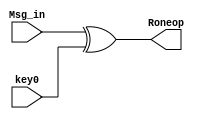
module IInitial_round (Msg_in, key0, Roneop);

input  [0:127] Msg_in, key0;
output [0:127] Roneop;

assign Roneop = Msg_in^key0;

endmodule